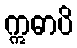
ဣဓာပိ